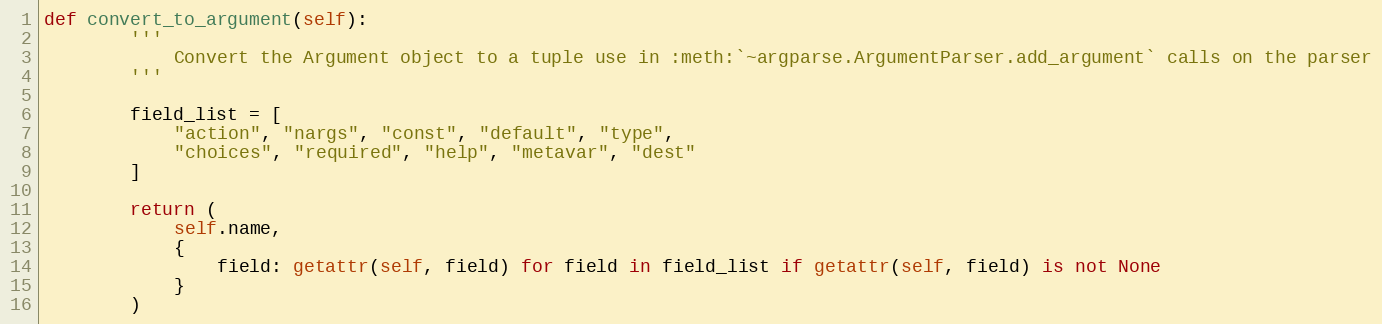
Language: Python
def convert_to_argument(self):
        '''
            Convert the Argument object to a tuple use in :meth:`~argparse.ArgumentParser.add_argument` calls on the parser
        '''

        field_list = [
            "action", "nargs", "const", "default", "type",
            "choices", "required", "help", "metavar", "dest"
        ]

        return (
            self.name,
            {
                field: getattr(self, field) for field in field_list if getattr(self, field) is not None
            }
        )